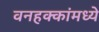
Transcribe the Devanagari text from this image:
वनहक्कांमध्ये